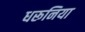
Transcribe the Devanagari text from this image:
धरूनिया